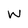
Character: w